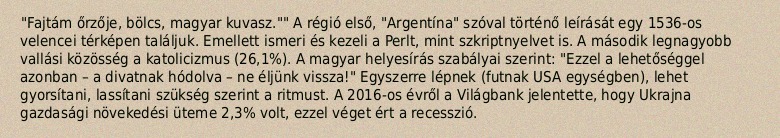
"Fajtám őrzője, bölcs, magyar kuvasz."" A régió első, "Argentína" szóval történő leírását egy 1536-os velencei térképen találjuk. Emellett ismeri és kezeli a Perlt, mint szkriptnyelvet is. A második legnagyobb vallási közösség a katolicizmus (26,1%). A magyar helyesírás szabályai szerint: "Ezzel a lehetőséggel azonban – a divatnak hódolva – ne éljünk vissza!" Egyszerre lépnek (futnak USA egységben), lehet gyorsítani, lassítani szükség szerint a ritmust. A 2016-os évről a Világbank jelentette, hogy Ukrajna gazdasági növekedési üteme 2,3% volt, ezzel véget ért a recesszió.